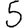
Digit: 5